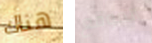
هناك الموقع